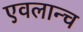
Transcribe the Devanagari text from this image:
एवलान्च